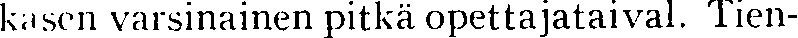
kasen varsinainen pitkä opettajataival. Tien-